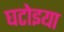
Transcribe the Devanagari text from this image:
घटोइया